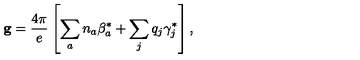
{ \bf g } = { \frac { 4 \pi } { e } } \left[ \sum _ { a } n _ { a } { \mathrm { \boldmath \beta } } _ { a } ^ { * } + \sum _ { j } q _ { j } { \mathrm { \boldmath \gamma } } _ { j } ^ { * } \right] ,